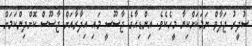
ސުދީރު ޖަދާވް ނަމަކަށްކިޔާ މީހެކެވެ. އިންޑިއާގެ ޖާސޫސީ މައި އިދާރާއަށް ޖާސޫސް ކޮށްދިންކަމަށް